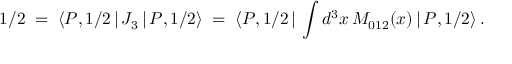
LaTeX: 1 / 2 \; = \; \langle P , 1 / 2 \, | \, J _ { 3 } \, | \, P , 1 / 2 \rangle \; = \; \langle P , 1 / 2 \, | \, \int d ^ { 3 } x \, M _ { 0 1 2 } ( x ) \, | \, P , 1 / 2 \rangle \, .